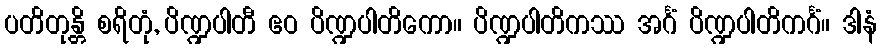
ပတိတုန္တိ စရိတုံ, ပိဏ္ဍပါတီ ဧဝ ပိဏ္ဍပါတိကော။ ပိဏ္ဍပါတိကဿ အင်္ဂံ ပိဏ္ဍပါတိကင်္ဂံ။ ဒါနံ